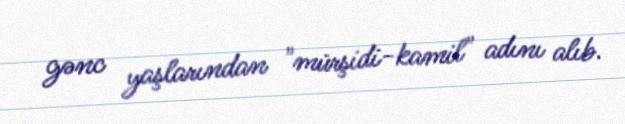
gənc yaşlarından "mürşidi-kamil" adını alıb.